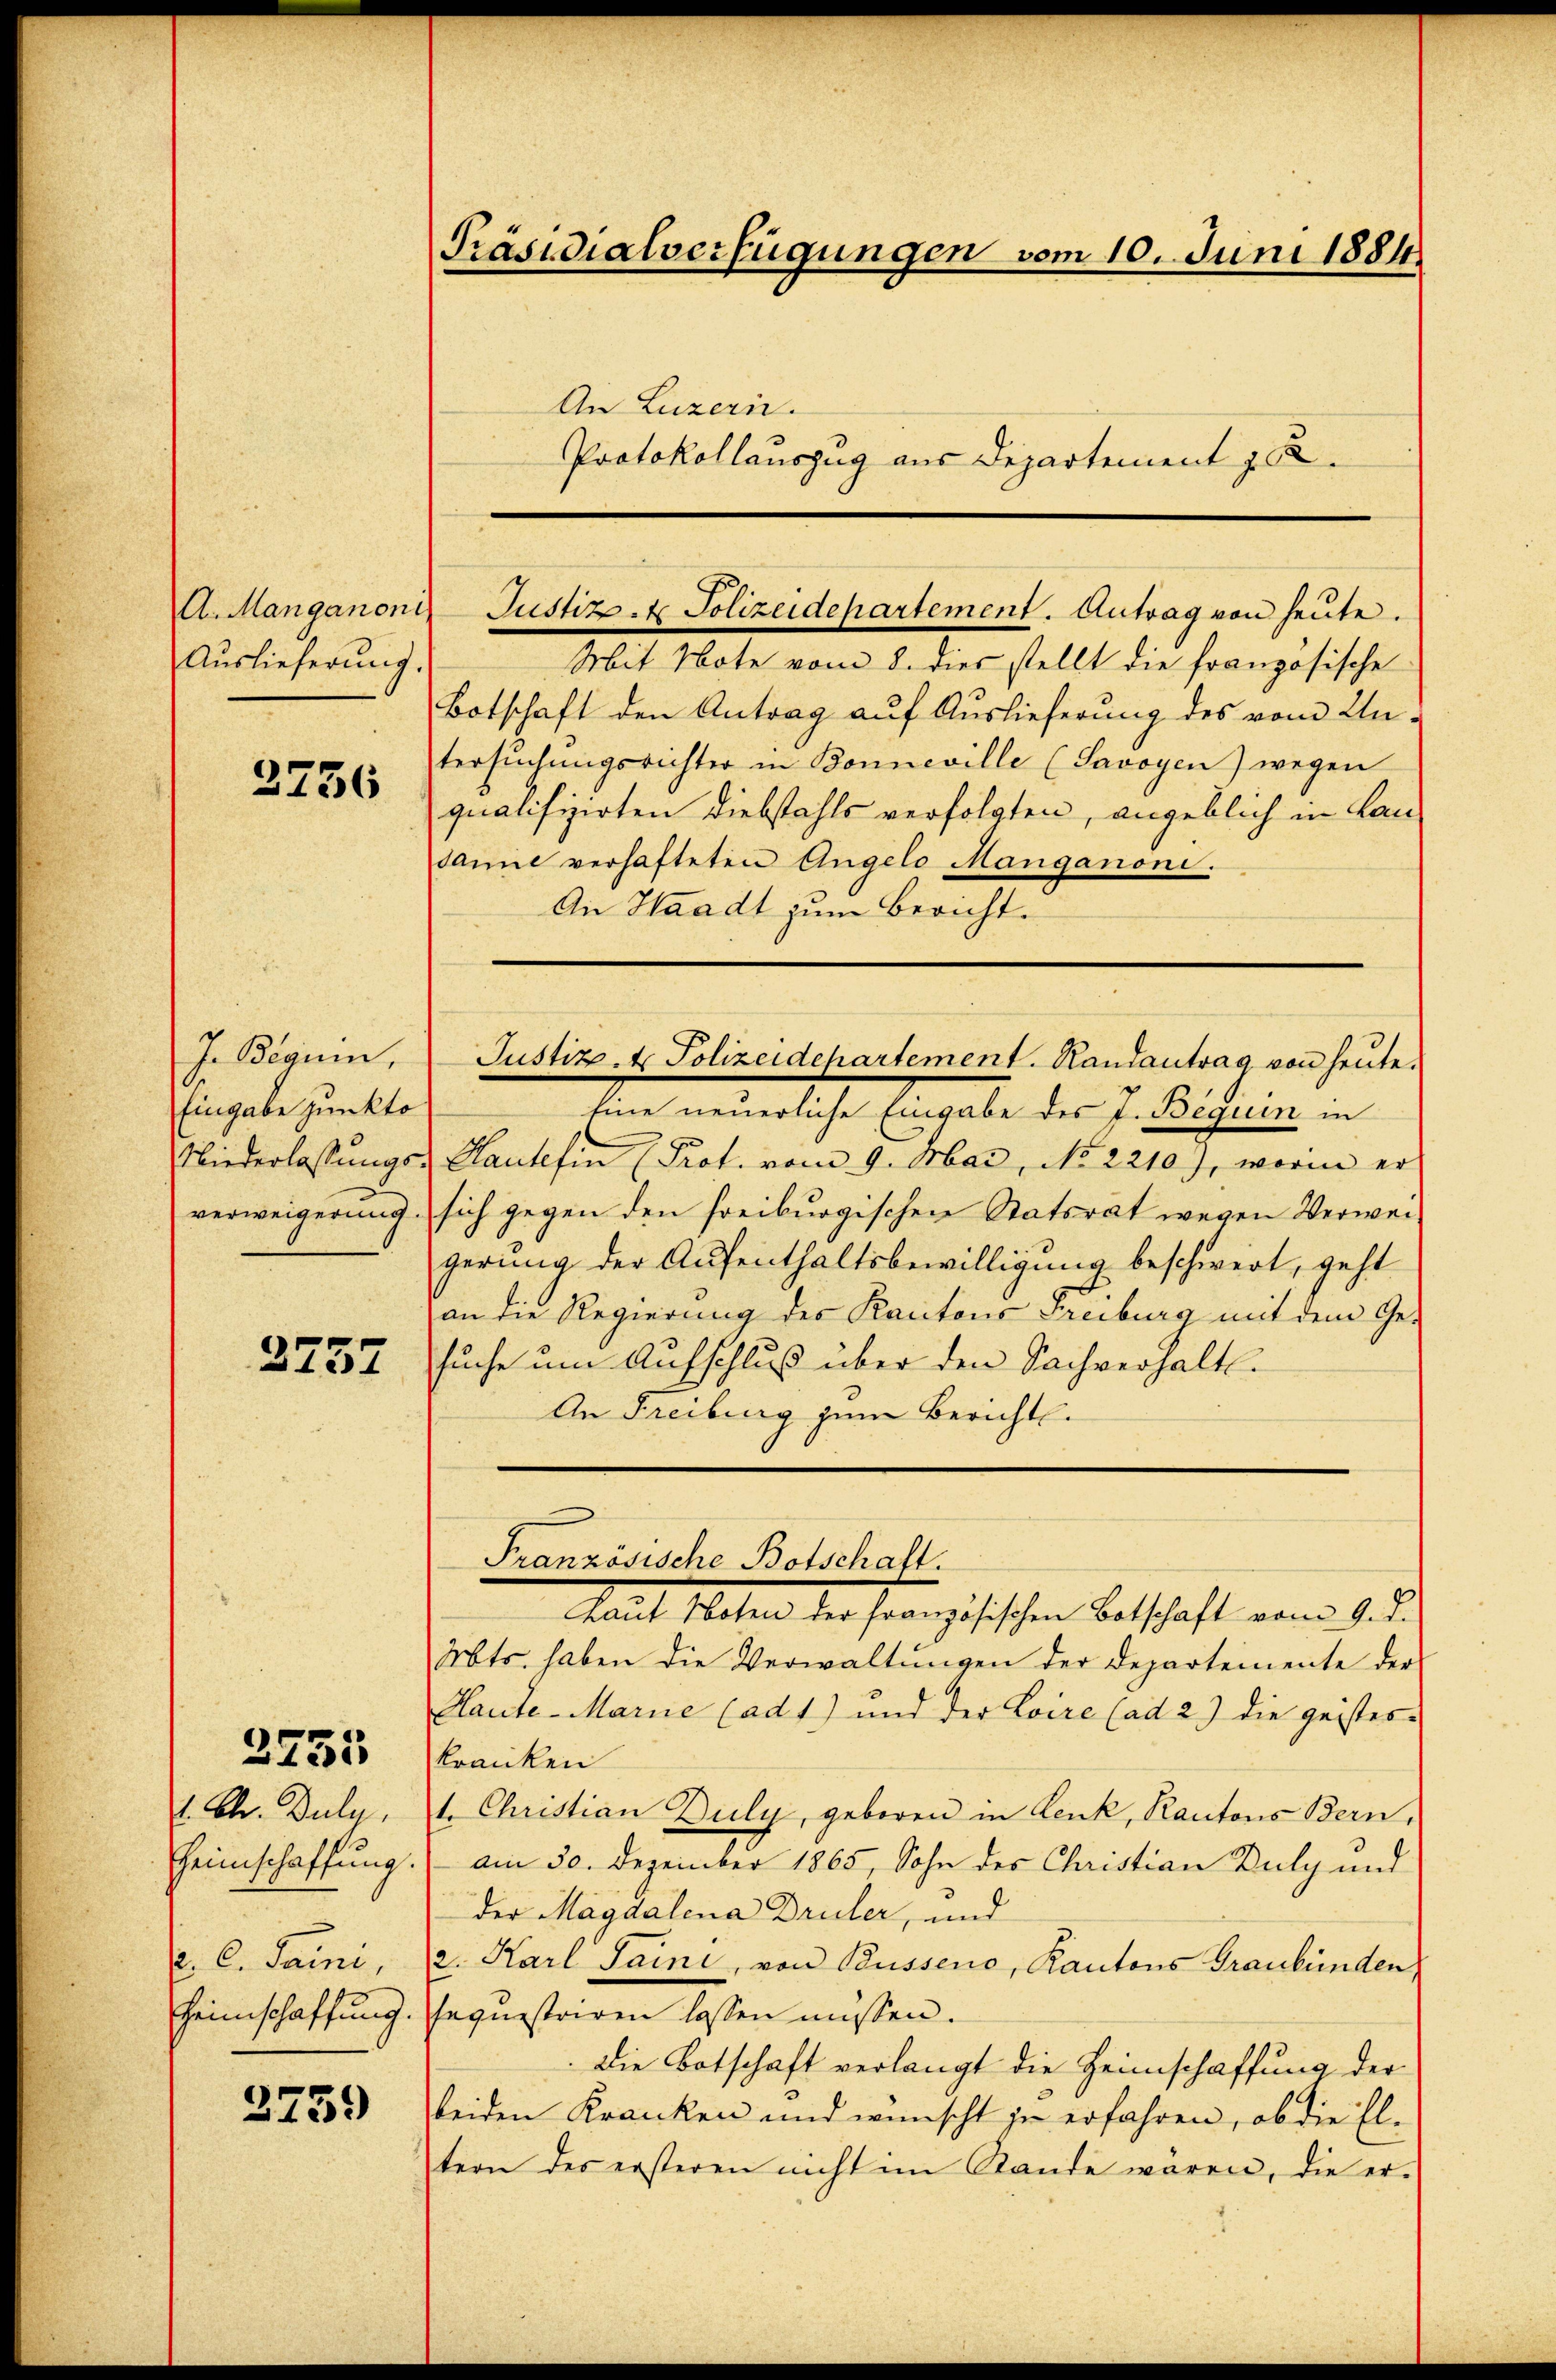
A. Manganoni
Auslieferung.

3736

J. Beguin,
Eingabe junkto
Niederlassungs
verweigerung.

2757

2455

1. Chr. Buly.
Heimschaffung.
. C. Saini,
Heimschaffung.

2759

Präsidialverfügungen vom 10. Juni 1884
An Luzern.
Protokollauszug aus Departement z. B.

Mit Note vom 8. dies stellt die französische
Botschaft den Antrag auf Auslieferung des vom Untersŭchŭngsrichter in Bonneville (Savoyen) wegen
qualifizirten Diebstahls verfolgten, angeblich in Lan
sanne verhafteten Angelo Manganoni.
An Waadt zum Bericht.
Eine neuerliche Eingabe des I. Beguin in
Hausefin (Prot. vom 9. Mai, No 2210), worin er
sich gegen den freiburgischen Statsrat wegen Verweigerung der Aufenthaltsbewilligung beschwert, geht
an die Regierung des Kantons Freiburg mit dem Ge-
suche um Aufschluß über den Sachverhält¬
An Freiburg zum Bericht.
Französische Botschaft.
Mat Peten der Französischen Betschaft vom 1. d.
Abts haben die Verwaltŭngen der Departemente der
Haute-Marie (ad 1) und der Loire (ad 2) die geistes-
kranken
1. Christian Buly, geboren in Lenk, Kantons Bern,
am 30. Dezember 1865, Sohn des Christian Buly und
der Magdalena Druler, und
2. Karl Saini, von Busseno, Kantons Graubünden,
sequestriren lassen müssen.
die Botschaft verlangt die Heimschaffung der
beiden Kranken und wünscht zu erfahren, ob die Eltern des ersteren nicht im Stande waren, die er-

Justiz- & Polizeidepartement. Antrag von heute.

Justiz- & Polizeidchartement. Randantrag von heute.